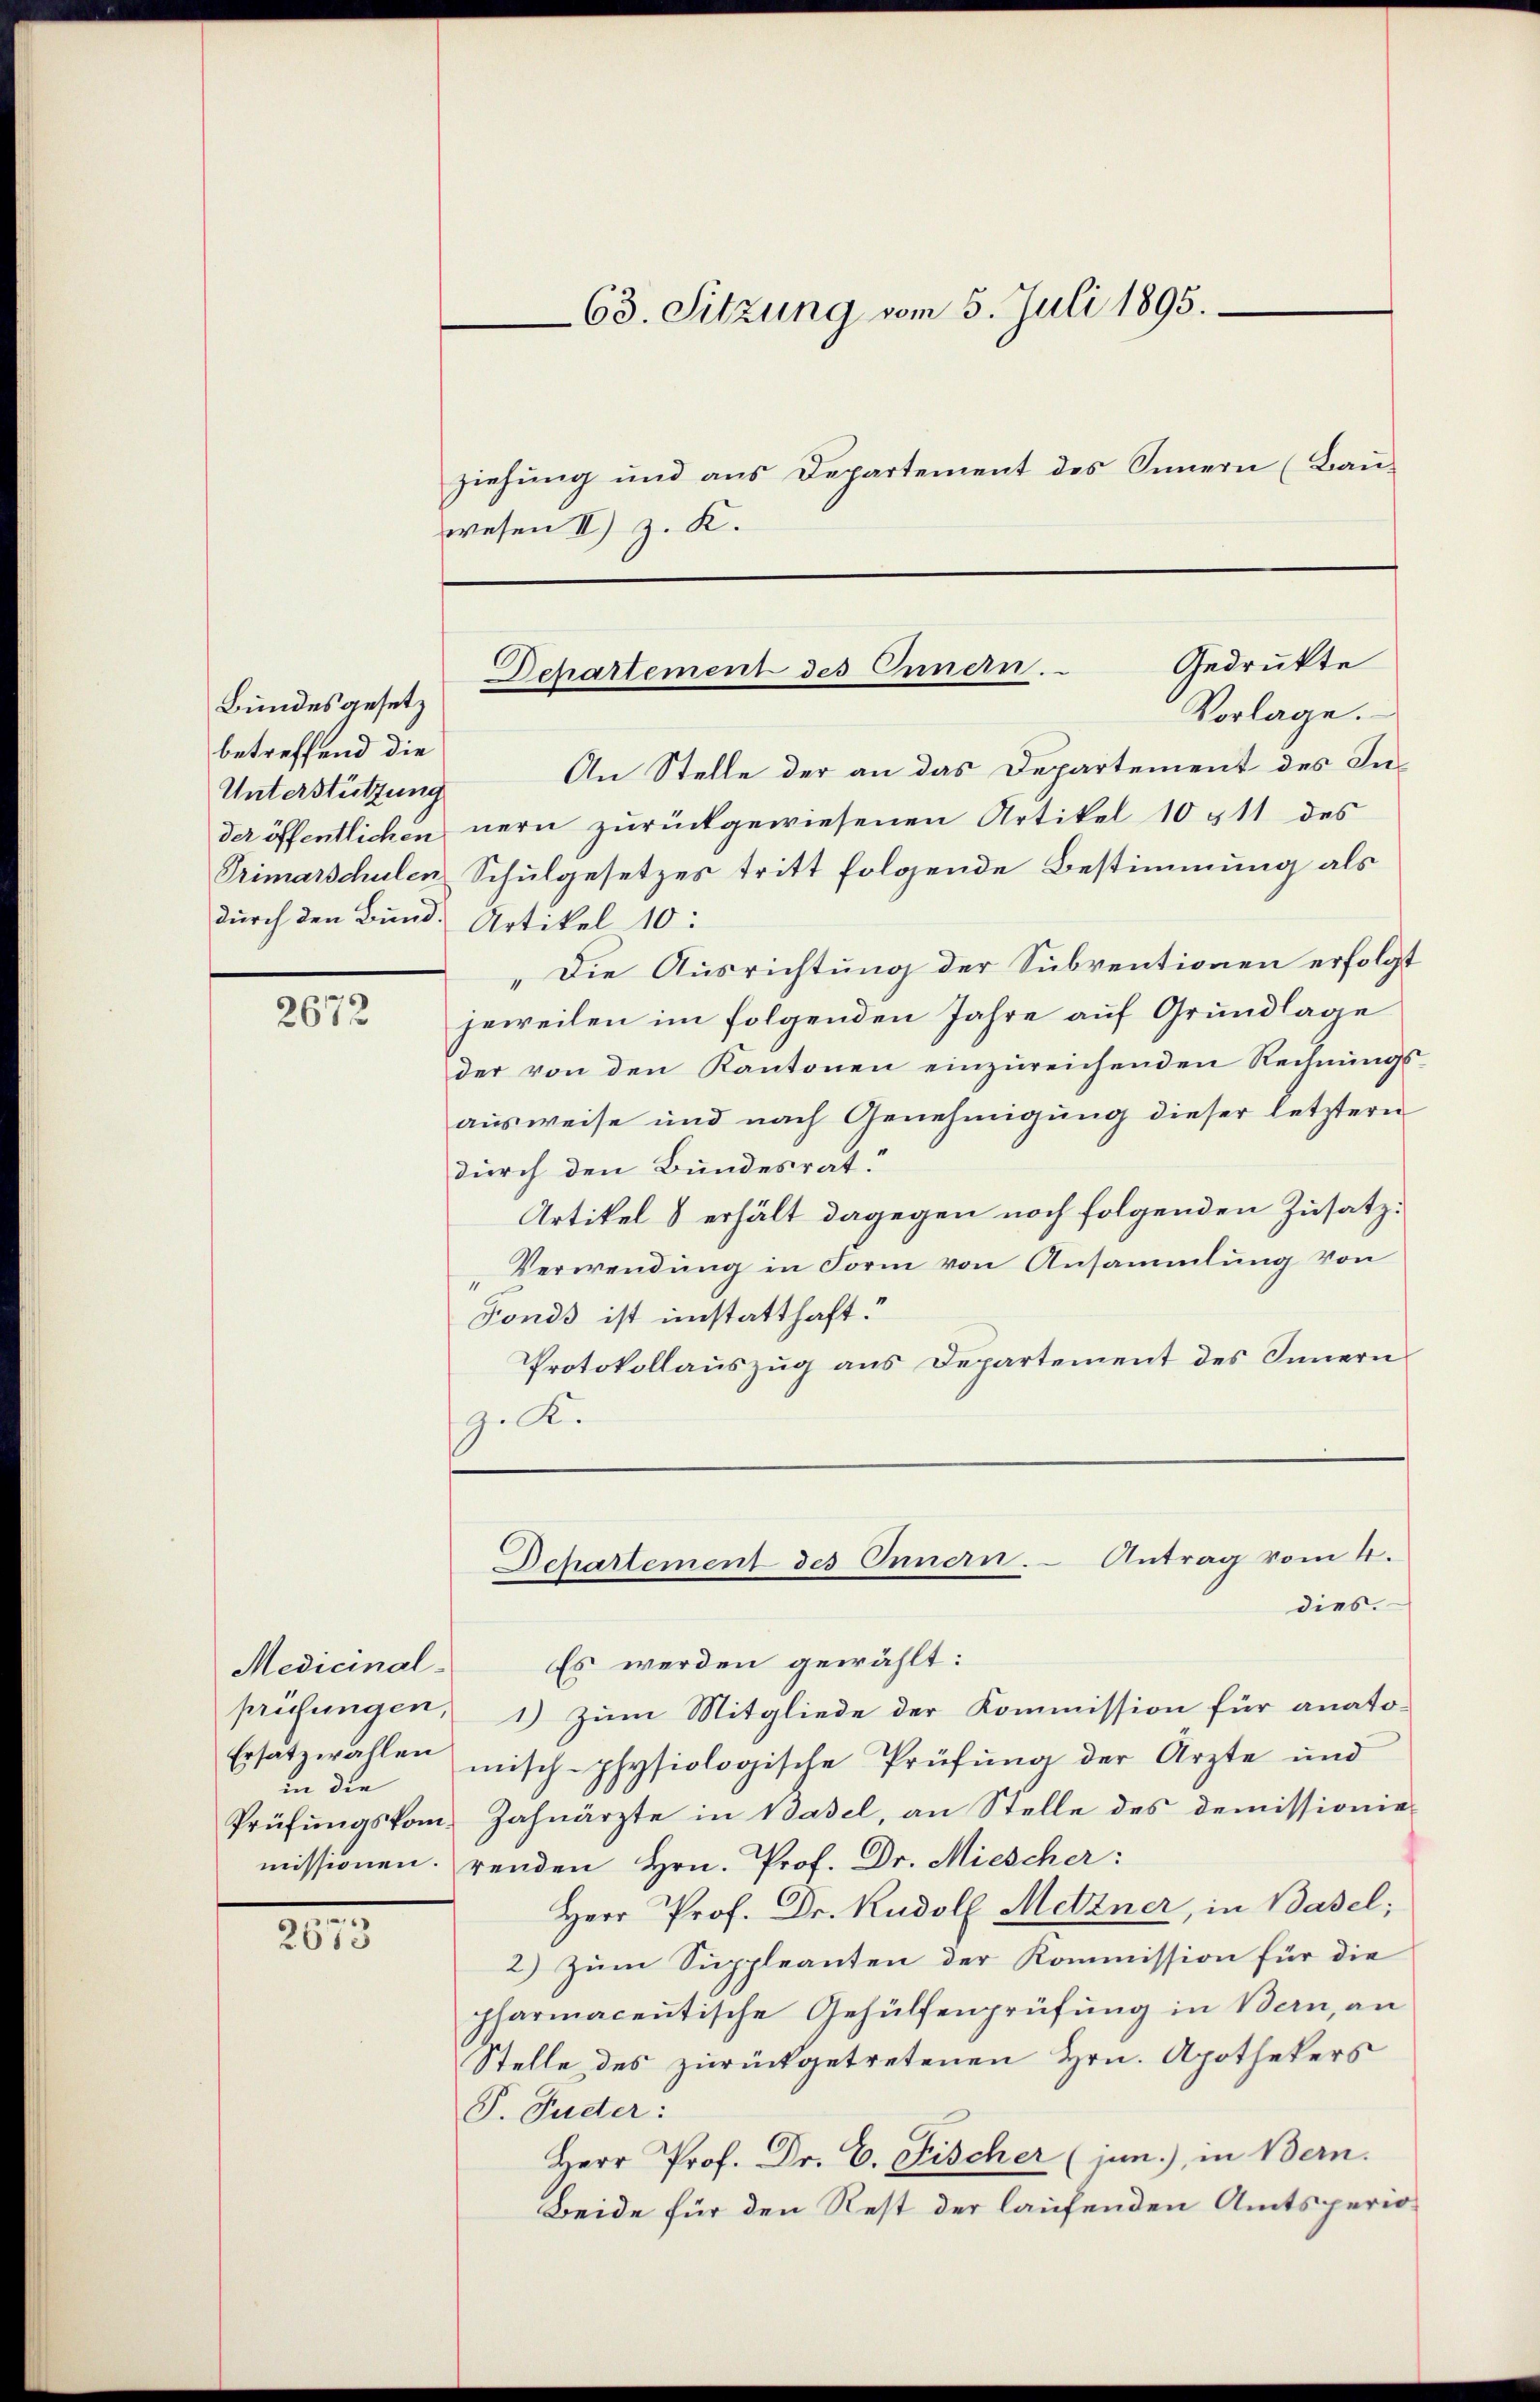
Bundesgesetz
betreffend die
Unterstützung

2672

Medicinal-
prüfungen,
in die
Prüfungskom¬

2673

63. Sitzung vom 5. Juli 1895.
ziehung und aus Departement des Sinnern (Bau-

wesen II) z. K.

An Stelle der an das Departement des Inder öffentlichen nern zurückgewiesenen Artikel 10 911 des
Primarschulen Schulgesetzes tritt folgende Bestimmung als
durch den Bund. Artikel 10:
„Die Ausrichtung der Subventionen erfolgt
jeweilen im folgenden Jahre auf Grundlage
der von den Kantonen einzureichenden Rechnŭngs-
ausweise und nach Genehmigung dieser letzteren
durch den Bundesrat.
Artikel 8 erhält dagegen noch folgenden Zusatz¬
Verwendung in Form von Ansammlung von
Fonds ist instatthaft.
Protokollauszug aus Departement des Innern
gel.
Departement des Innern. Antrag vom 4.
dies.
Es werden gewählt:
1) Zum Mitgliede der Kommission für anato-
Ersatzwahlen misch-physiologische Prüfŭng der Ärzte und
Zahnärzte in Basel, an Stelle des Demissionie
missionen renden Hrn. Prof. Dr. Miescher:
Herr Prof. Dr. Rudolf Metzner, in Basel;
2) Zum Suppleanten der Kommission für die
pharmacentische Gehülfenprüfung in Bern, an
Stelle des zurückgetretenen Hrn. Apothekers
P. Guder:
Herr Prof. Dr. C. Fischer (jun.) in Bern.
Beide für den Rest der laufenden Amtsperio¬

Gedrukte
Departement des Innern.
Vorlage.